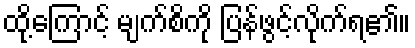
ထို့ကြောင့် မျက်စိကို ပြန်ဖွင့်လိုက်ရ၏။